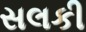
સલકી